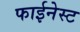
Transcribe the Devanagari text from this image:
फाईनेस्ट